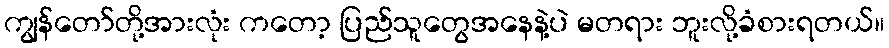
ကျွန်တော်တို့အားလုံး ကတော့ ပြည်သူတွေအနေနဲ့ပဲ မတရား ဘူးလို့ခံစားရတယ်။